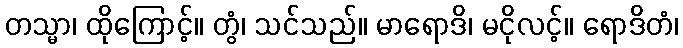
တသ္မာ၊ ထိုကြောင့်။ တွံ၊ သင်သည်။ မာရောဒိ၊ မငိုလင့်။ ရောဒိတံ၊